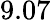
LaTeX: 9.07